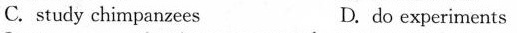
C. study chimpanzees D.do experiments